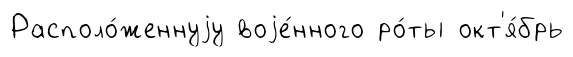
Располо́женнуjу воjе́нного ро́ты окт'я́брь